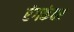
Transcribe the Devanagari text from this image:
रंगकंवर